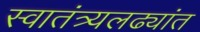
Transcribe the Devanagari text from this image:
स्वातंत्र्यलढ्यांत